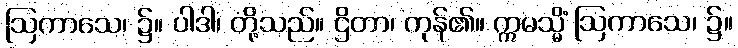
ဩကာသေ၊ ၌။ ပါဒါ၊ တို့သည်။ ဌိတာ၊ ကုန်၏။ ဣမသ္မိံ ဩကာသေ၊ ၌။